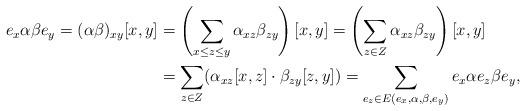
LaTeX: \begin{align*} e_x\alpha\beta e_y=(\alpha\beta)_{xy}[x,y]&=\left(\sum_{x\le z\le y}\alpha_{xz}\beta_{zy}\right)[x,y]=\left(\sum_{z\in Z}\alpha_{xz}\beta_{zy}\right)[x,y]\\ &=\sum_{z\in Z}(\alpha_{xz}[x,z]\cdot\beta_{zy}[z,y])=\sum_{e_z\in E(e_x,\alpha,\beta,e_y)}e_x\alpha e_z\beta e_y,\end{align*}